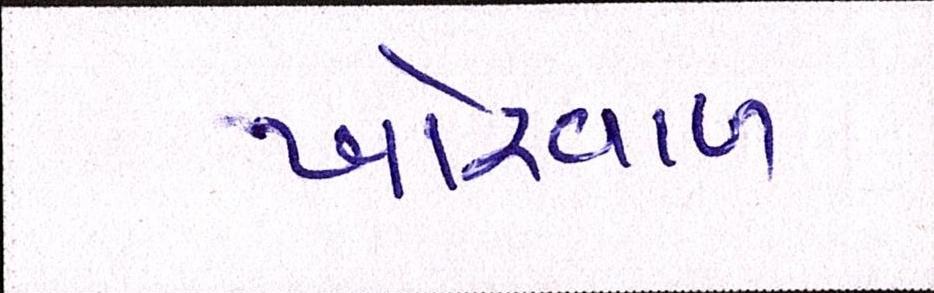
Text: ખોરવાળ